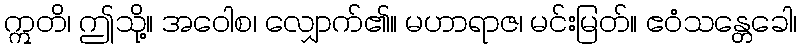
ဣတိ၊ ဤသို့။ အဝေါစ၊ လျှောက်၏။ မဟာရာဇ၊ မင်းမြတ်။ ဧဝံသန္တေခေါ၊